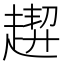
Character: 𧽁